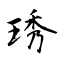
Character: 琇